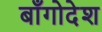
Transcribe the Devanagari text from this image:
बाँगोदेश